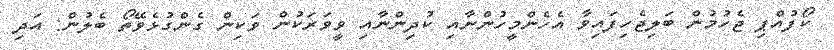
ކޯފުއްޕި ޖެހުމުން ބަލިޖެހިފައިވާ އެހެންމީހުންނާއި ކުދިންނާއި ވީވަރަކުން ވަކިން ގެންގުޅެވޭތޯ ބެލުން: އަދި